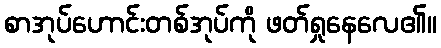
စာအုပ်ဟောင်းတစ်အုပ်ကို ဖတ်ရှုနေလေ၏။